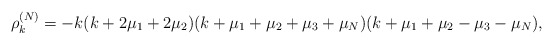
\begin{align*} \rho_k^{(N)}=-k(k+2\mu_1+2\mu_2)(k+\mu_1+\mu_2+\mu_3+\mu_N)(k+\mu_1+\mu_2-\mu_3-\mu_{N}),\end{align*}